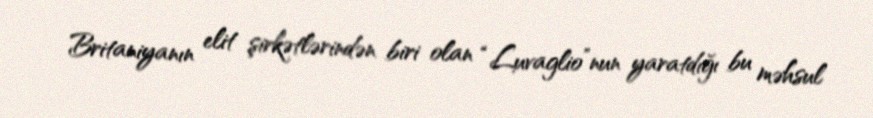
Britaniyanın elit şirkətlərindən biri olan “Luvaglio”nun yaratdığı bu məhsul